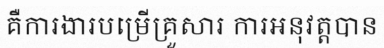
គឺការងារបម្រើគ្រួសារ ការអនុវត្តបាន